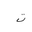
Letter: _ta